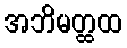
အဘိမတ္ထထ